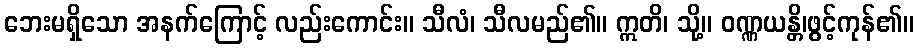
ဘေးမရှိသော အနက်ကြောင့် လည်းကောင်း။ သီလံ၊ သီလမည်၏။ ဣတိ၊ သို့။ ဝဏ္ဏယန္တိ၊ဖွင့်ကုန်၏။